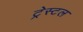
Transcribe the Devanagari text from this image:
ट्रेस्टल